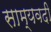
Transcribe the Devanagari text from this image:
साम्यवदी